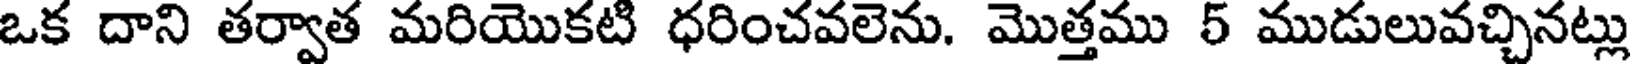
ఒక దాని తర్వాత మరియొకటి ధరించవలెను. మొత్తము 5 ముడులువచ్చినట్లు